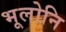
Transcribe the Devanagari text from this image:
भूलोनि